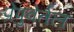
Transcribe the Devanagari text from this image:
प्रेपुबेर्तल